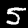
Digit: 5